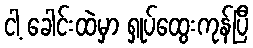
ငါ့ ခေါင်းထဲမှာ ရှုပ်ထွေးကုန်ပြီ